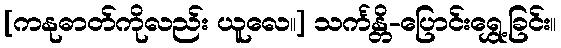
[ကနုဓာတ်ကိုလည်း ယူလေ။] သင်္ကန္တိ-ပြောင်းရွှေ့ခြင်း။